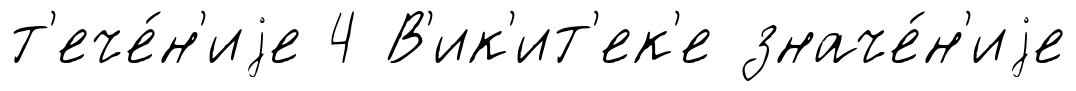
т'ече́н'иjе 4 В'ик'ит'ек'е значе́н'иjе